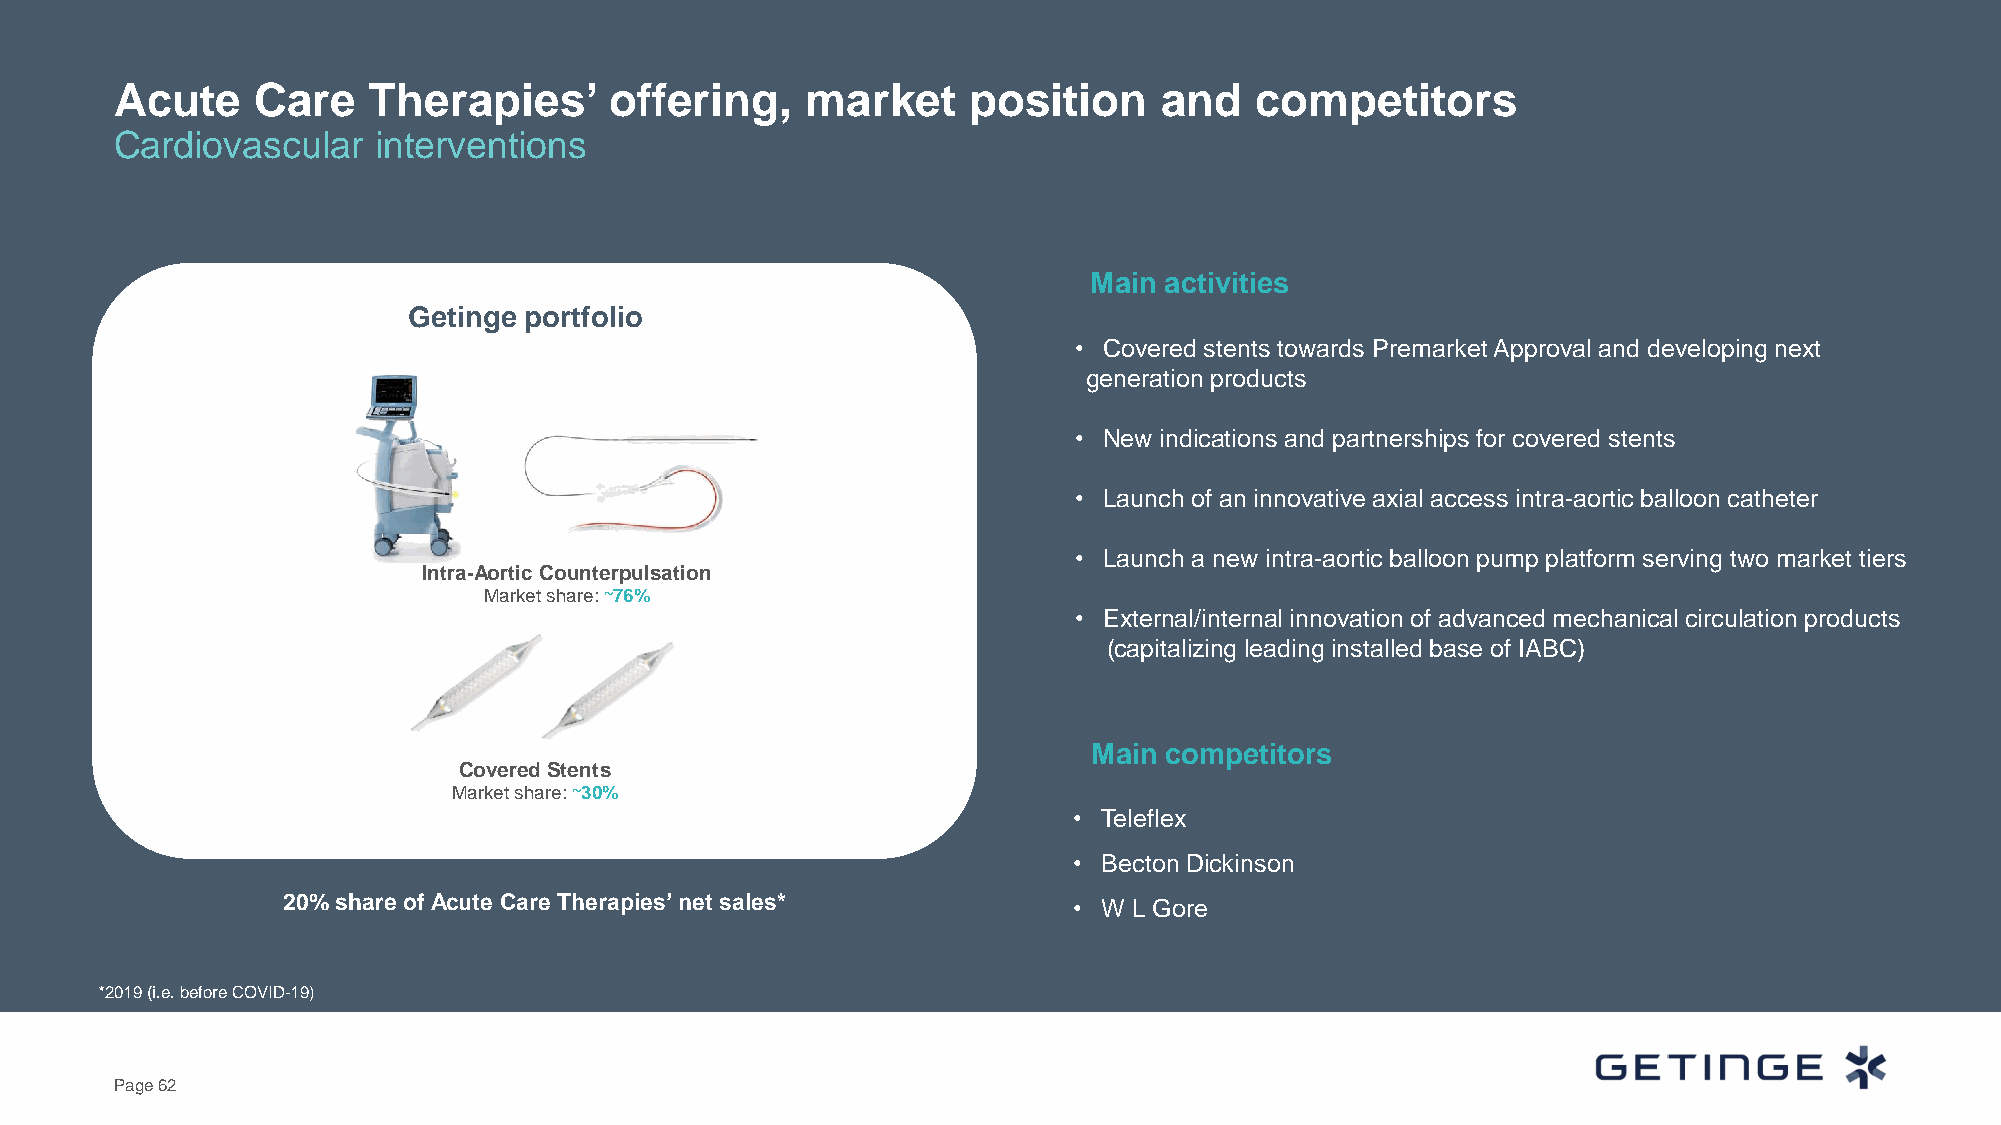
Acute    Care   Therapies’      offering,    market     position     and   competitors
 Cardiovascular   interventions
 Main activities
 Getinge portfolio
 • Covered stents towards Premarket Approval and developing next
 generation products
 • New indications and partnerships for covered stents
 • Launch of an innovative axial access intra-aortic balloon catheter
 • Launch a new intra-aortic balloon pump platform serving two market tiers
 Intra-Aortic Counterpulsation
 Market share: ~76%
 • External/internal innovation of advanced mechanical circulation products
 (capitalizing leading installed base of IABC)
 Main competitors
 Covered Stents
 Market share: ~30%
 • Teleflex
 • Becton Dickinson
 20% share of Acute Care Therapies’ net sales*       • W L Gore
 *2019 (i.e. before COVID-19)
 Page 62